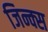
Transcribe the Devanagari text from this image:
जिन्क्स